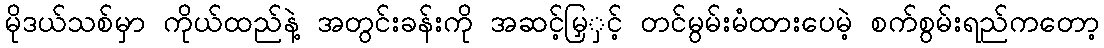
မိုဒယ်သစ်မှာ ကိုယ်ထည်နဲ့ အတွင်းခန်းကို အဆင့်မြှှင့် တင်မွမ်းမံထားပေမဲ့ စက်စွမ်းရည်ကတော့